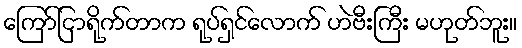
ကြော်ငြာရိုက်တာက ရုပ်ရှင်လောက် ဟဲဗီးကြီး မဟုတ်ဘူး။